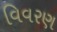
વિવરણ